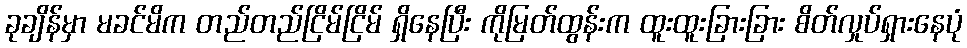
ခုချိန်မှာ မခင်မိက တည်တည်ငြိမ်ငြိမ် ရှိနေပြီး ကိုမြတ်ထွန်းက ထူးထူးခြားခြား စိတ်လှုပ်ရှားနေပုံ